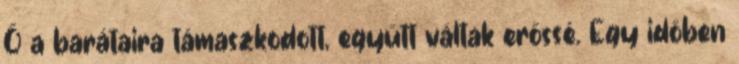
Ő a barátaira támaszkodott, együtt váltak erőssé. Egy időben